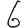
Digit: 6